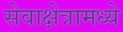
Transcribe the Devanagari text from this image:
सेवाक्षेत्रामध्ये